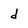
Character: d